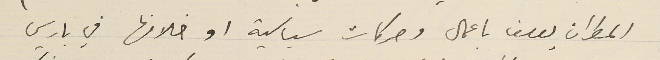
المطران يوسف باعمال وحركات سياسية او خلافها في باريس